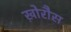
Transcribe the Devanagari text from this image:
ख़ोरौस